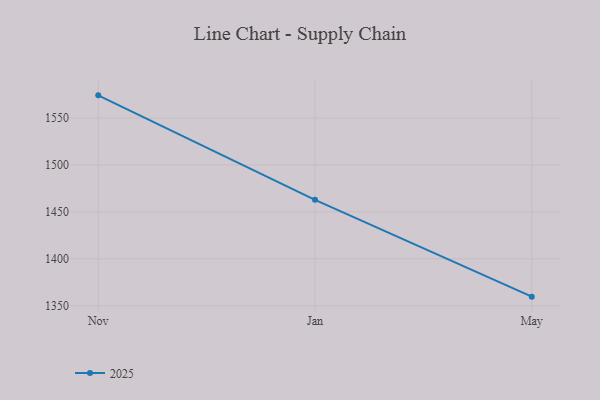
{"axis": {"x": "Month", "y": "Bounce Rate (%)"}, "legend": ["2025"], "data": [{"x": "Nov", "y": 1574.1, "type": "2025"}, {"x": "Jan", "y": 1462.8, "type": "2025"}, {"x": "May", "y": 1359.7, "type": "2025"}]}